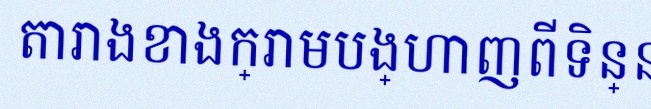
តារាងខាងក្រោមបង្ហាញពីទិន្នន័យ